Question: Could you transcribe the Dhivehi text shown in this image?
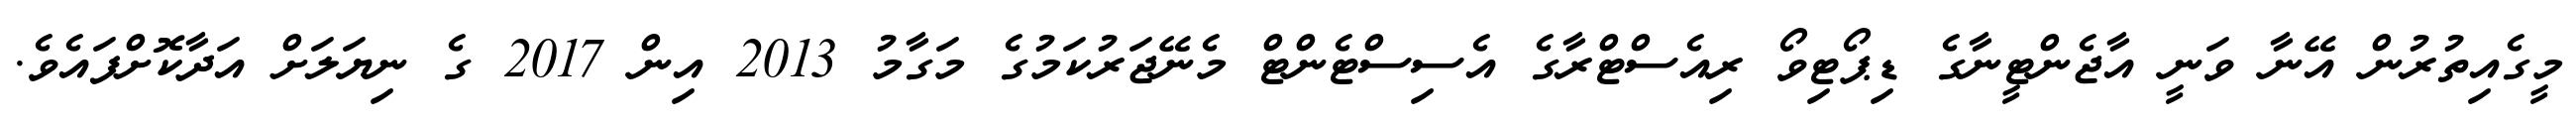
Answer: މީގެއިތުރުން އޭނާ ވަނީ އާޖެންޓީނާގެ ޑިޕޯޓިވޯ ރިއެސްޓްރާގެ އެސިސްޓެންޓް މެނޭޖަރުކަމުގެ މަގާމު 2013 އިން 2017 ގެ ނިޔަލަށް އަދާކޮށްފައެވެ.